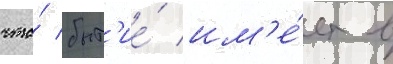
что́ быт'ие́ им'е́ет в